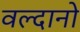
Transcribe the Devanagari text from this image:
वल्दानो